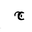
Letter: _gim